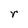
Character: r